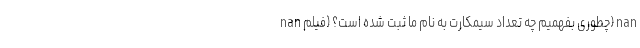
nan چطوری بفهمیم چه تعداد سیمکارت به نام ما ثبت شده است؟ (فیلم) nan